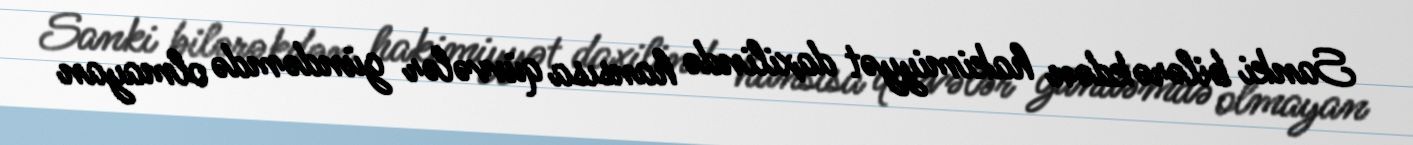
Sanki bilərəkdən hakimiyyət daxilində hansısa qüvvələr gündəmdə olmayan